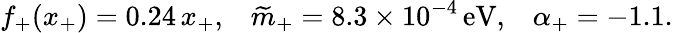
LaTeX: f_{+}(x_{+})=0.24\, x_{+},\; \; \; \widetilde{m}_{+}=8.3\times 10^{-4}\, \mathrm{eV},\; \; \; \alpha_{+}=-1.1.